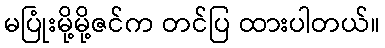
မပြုံးမို့မို့ဇင်က တင်ပြ ထားပါတယ်။